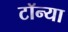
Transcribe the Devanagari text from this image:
टॉन्या